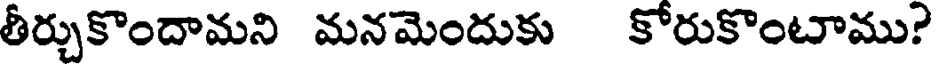
తీర్చుకొందామని మనమెందుకు కోరుకొంటాము?